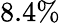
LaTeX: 8.4\%